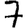
Digit: 7